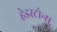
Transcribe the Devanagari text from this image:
हेडस्टोन्स